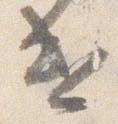
遣